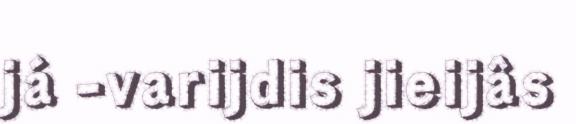
já -varijdis jieijâs